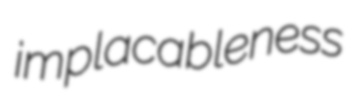
implacableness